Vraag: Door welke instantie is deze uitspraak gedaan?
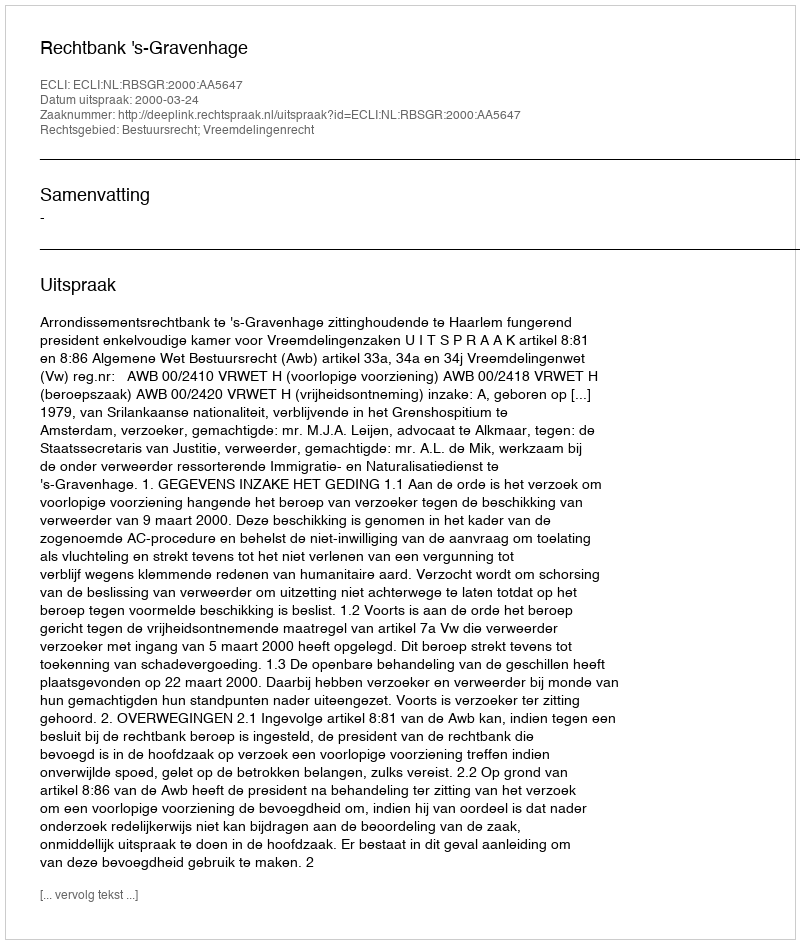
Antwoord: Rechtbank 's-Gravenhage